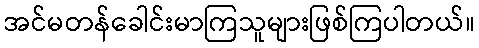
အင်မတန်ခေါင်းမာကြသူများဖြစ်ကြပါတယ်။